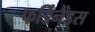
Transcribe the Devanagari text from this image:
फर्डिनैंड्स